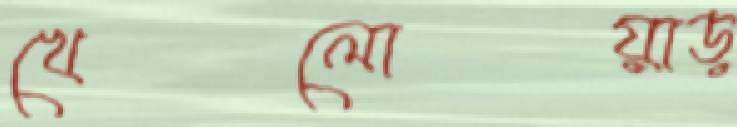
খেলোয়াড়